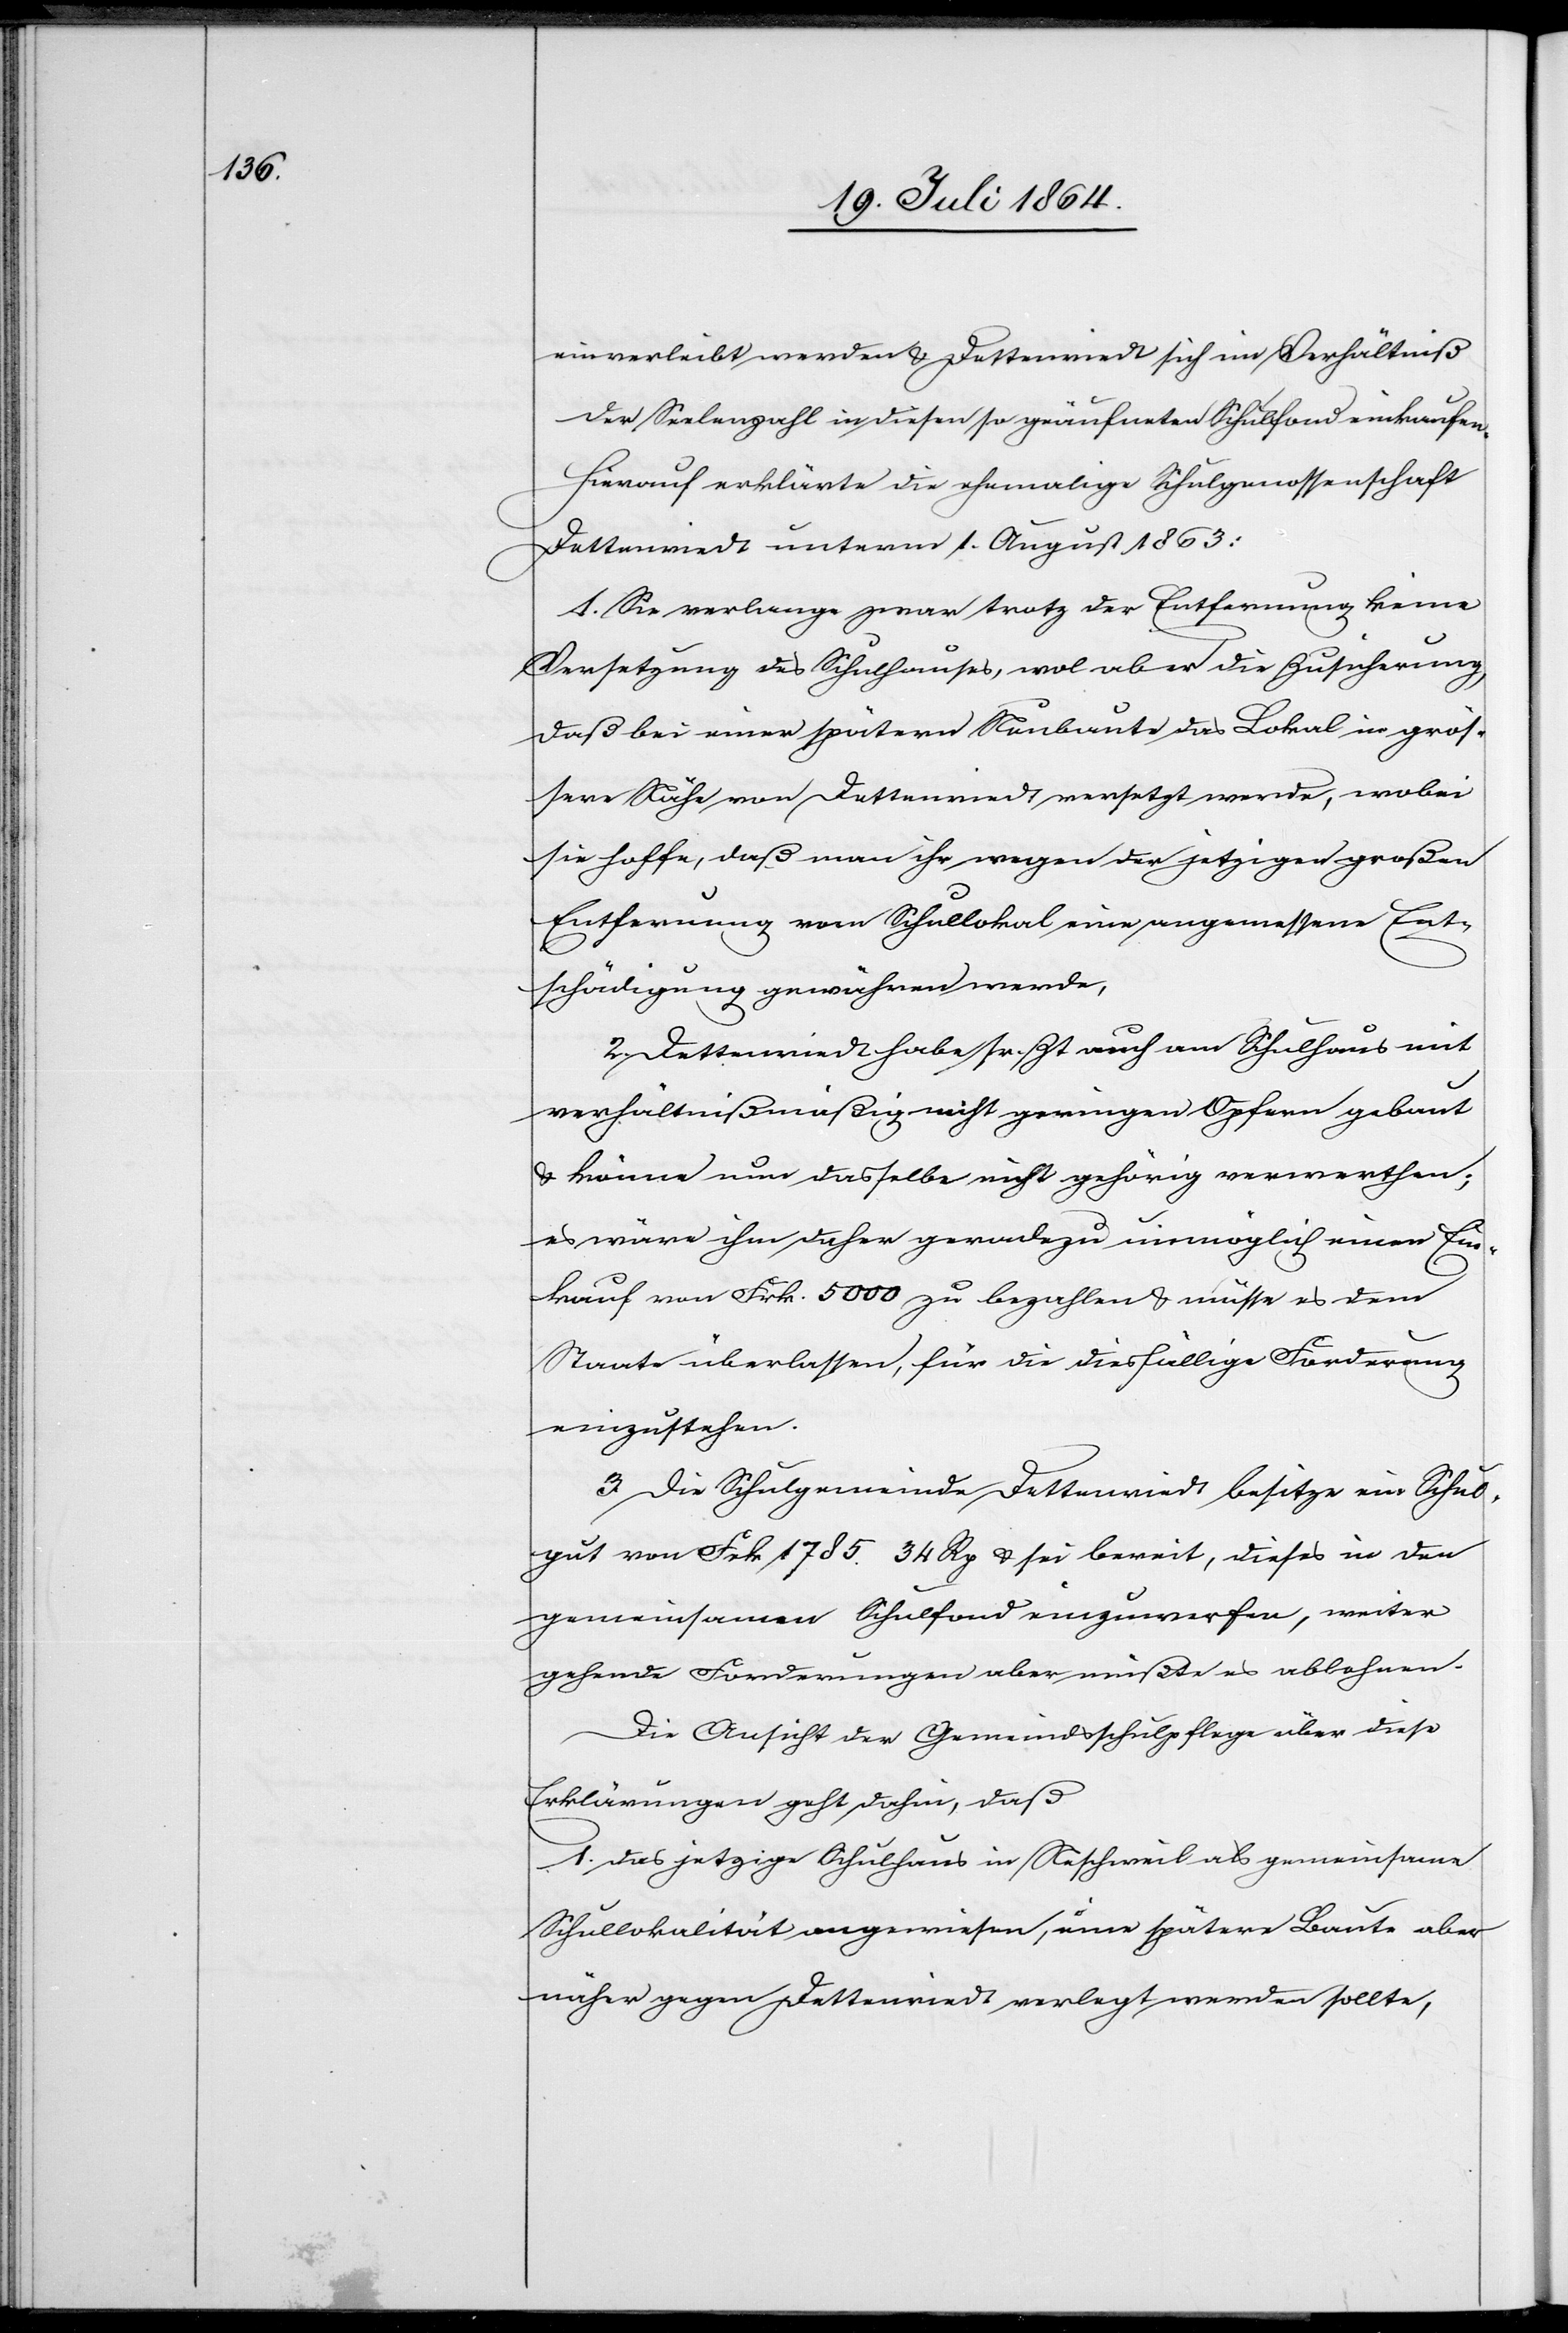
einverleibt werden u. Dettenriedt sich im Verhältniß
der Seelenzahl in diesen so geäufneten Schulfond einkaufen.
Hierauf erklärte die ehemalige Schulgenossenschaft
Dettenriedt unterm 1. August 1863:
1. Sie verlange zwar trotz der Entfernung keine
Versetzung des Schulhauses, wol aber die Zusicherung,
daß bei einer spätern Neubaute das Lokal in grös¬
sere Nähe von Dettenriedt versetzt werde, wobei
sie hoffe, daß man ihr wegen der jetzigen großen
Entfernung vom Schullokal eine angemessene Ent¬
schädigung gewähren werde,
2. Dettenried habe sr. Zt. auch am Schulhaus mit
verhältnißmäßig nicht geringen Opfern gebaut
u. könne nun dasselbe nicht gehörig verwerthen;
es wäre ihm daher geradezu unmöglich einen Ein¬
kauf von Frk. 5000 zu bezahlen u. müsse es dem
Staate überlassen, für die diesfällige Forderung
einzustehen.
3. Die Schulgemeinde Dettenriedt besitze ein Schul¬
gut von Frk 1785.34 Rp u. sei bereit, dieses in den
gemeinsamen Schulfond einzuwerfen, weiter
gehende Forderungen aber müßte es ablehnen.
Die Ansicht der Gemeindsschulpflege über diese
Erklärungen geht dahin, daß
1. Das jetzige Schulhaus in Neschweil als gemeinsame
Schullokalität angewiesen, eine spätere Baute aber
näher gegen Dettenriedt verlegt werden sollte,